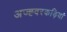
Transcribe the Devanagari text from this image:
अज्ह्वरकड़ियां